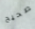
صحيح